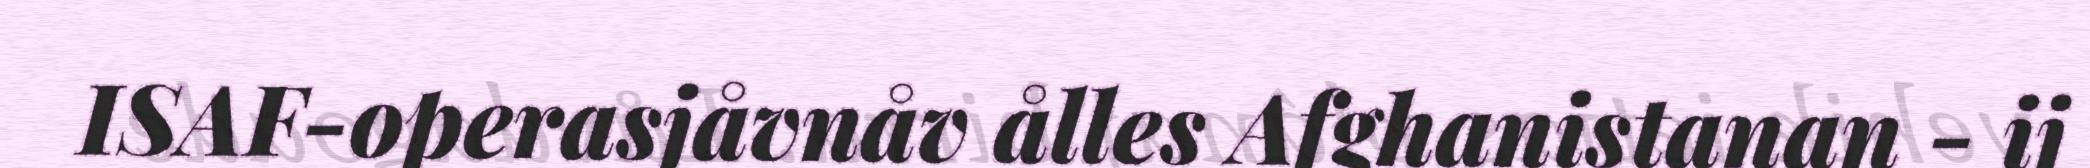
ISAF-operasjåvnåv ålles Afghanistanan - ij